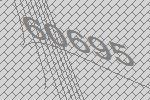
60695